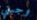
وجبتي